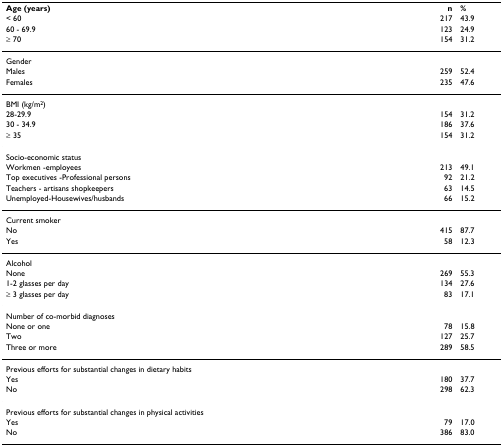
| Age (years) | n | % |
 | < 60 | 217 | 43.9 |
 | 60 - 69.9 | 123 | 24.9 |
 | ≥ 70 | 154 | 31.2 |
 | --- | --- | --- |
 | Gender |  |  |
 | Males | 259 | 52.4 |
 | Females | 235 | 47.6 |
 | BMI (kg/m2) |  |  |
 | 28-29.9 | 154 | 31.2 |
 | 30 - 34.9 | 186 | 37.6 |
 | ≥ 35 | 154 | 31.2 |
 | Socio-economic status |  |  |
 | Workmen -employees | 213 | 49.1 |
 | Top executives -Professional persons | 92 | 21.2 |
 | Teachers - artisans shopkeepers | 63 | 14.5 |
 | Unemployed-Housewives/husbands | 66 | 15.2 |
 | Current smoker |  |  |
 | No | 415 | 87.7 |
 | Yes | 58 | 12.3 |
 | Alcohol |  |  |
 | None | 269 | 55.3 |
 | 1-2 glasses per day | 134 | 27.6 |
 | ≥ 3 glasses per day | 83 | 17.1 |
 | Number of co-morbid diagnoses |  |  |
 | None or one | 78 | 15.8 |
 | Two | 127 | 25.7 |
 | Three or more | 289 | 58.5 |
 | Previous efforts for substantial changes in dietary habits |  |  |
 | Yes | 180 | 37.7 |
 | No | 298 | 62.3 |
 | Previous efforts for substantial changes in physical activities |  |  |
 | Yes | 79 | 17.0 |
 | No | 386 | 83.0 |